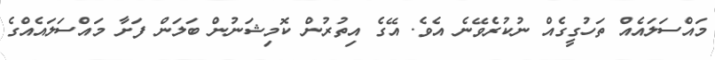
މައްސަލައެއް ތަހުގީގެއް ނުކުރެވޭނެ އެވެ. އޭގެ އިތުރުން ކޮމިޝަނުން ބަލަން ފަށާ މައްސަލައެއްގެ